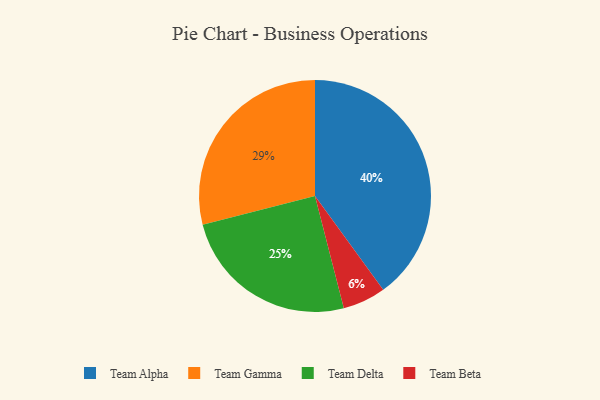
{"axis": {"x": "Category", "y": "Percentage"}, "legend": ["Team Alpha", "Team Beta", "Team Delta", "Team Gamma"], "data": [{"x": "Team Delta", "y": 25, "type": "Team Delta"}, {"x": "Team Alpha", "y": 40, "type": "Team Alpha"}, {"x": "Team Gamma", "y": 29, "type": "Team Gamma"}, {"x": "Team Beta", "y": 6, "type": "Team Beta"}]}